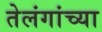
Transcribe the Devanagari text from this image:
तेलंगांच्या